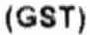
(GST)